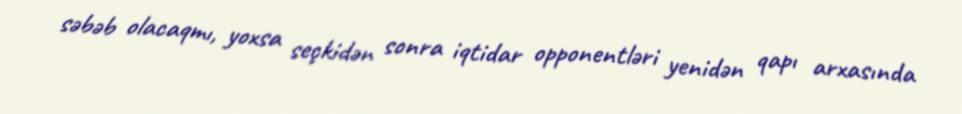
səbəb olacaqmı, yoxsa seçkidən sonra iqtidar opponentləri yenidən qapı arxasında